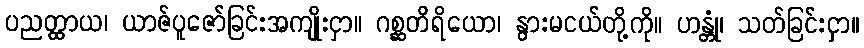
ပညတ္ထာယ၊ ယာဇ်ပူဇော်ခြင်းအကျိုးငှာ။ ဂစ္ဆတိရိယော၊ နွားမငယ်တို့ကို။ ဟန္တုံ၊ သတ်ခြင်းငှာ။